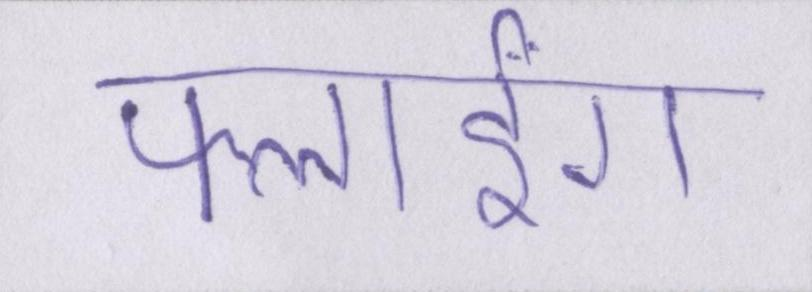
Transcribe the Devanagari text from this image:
फ्लाईंग